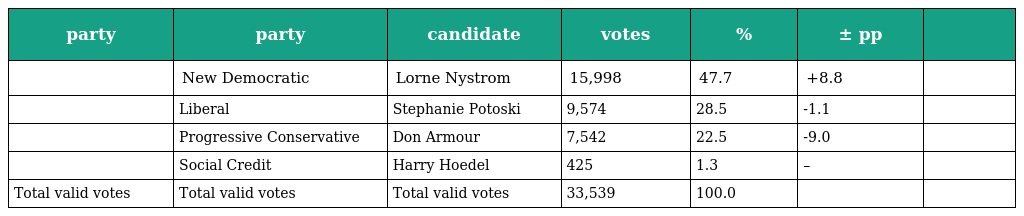
| party | party | candidate | votes | % | ± pp |  |
 | --- | --- | --- | --- | --- | --- | --- |
 |  | New Democratic | Lorne Nystrom | 15,998 | 47.7 | +8.8 |  |
 |  | Liberal | Stephanie Potoski | 9,574 | 28.5 | -1.1 |  |
 |  | Progressive Conservative | Don Armour | 7,542 | 22.5 | -9.0 |  |
 |  | Social Credit | Harry Hoedel | 425 | 1.3 | – |  |
 | Total valid votes | Total valid votes | Total valid votes | 33,539 | 100.0 |  |  |